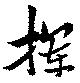
揮